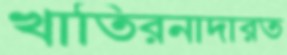
খাতিরনাদারত